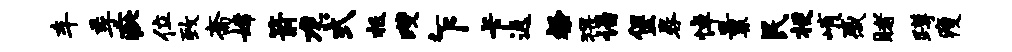
车季疵位致斋嫦箭龙式抵躞乍卡返粲猥诣堡晷悼曩民梗峭感睹蹲瘦